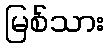
မြစ်သား